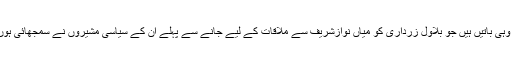
یہ تو وہی باتیں ہیں جو بلاول زرداری کو میاں نوازشریف سے ملاقات کے لیے جانے سے پہلے ان کے سیاسی مشیروں نے سمجھائی ہوں گی۔